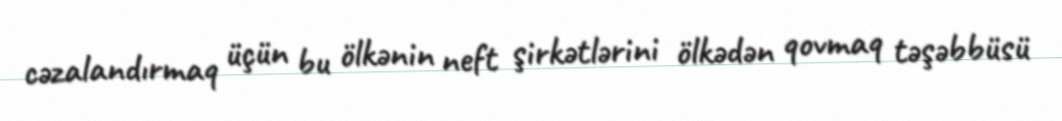
cəzalandırmaq üçün bu ölkənin neft şirkətlərini ölkədən qovmaq təşəbbüsü